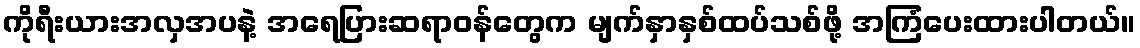
ကိုရီးယားအလှအပနဲ့ အရေပြားဆရာဝန်တွေက မျက်နှာနှစ်ထပ်သစ်ဖို့ အကြံပေးထားပါတယ်။